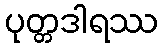
ပုတ္တဒါရဿ